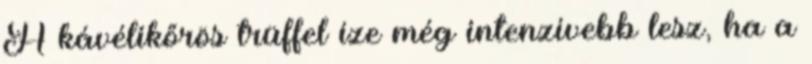
A kávélikőrös trüffel íze még intenzívebb lesz, ha a